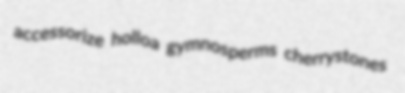
accessorize holloa gymnosperms cherrystones